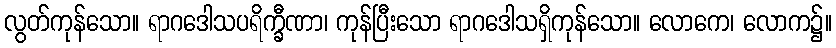
လွတ်ကုန်သော။ ရာဂဒေါသပရိက္ခီဏာ၊ ကုန်ပြီးသော ရာဂဒေါသရှိကုန်သော။ လောကေ၊ လောက၌။